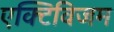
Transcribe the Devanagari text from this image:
एक्टिविजम